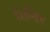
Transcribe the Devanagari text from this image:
शिंन्डिग